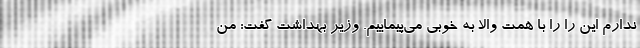
ندارم این را را با همت والا به خوبی می‌پیماییم. وزیر بهداشت گفت: من